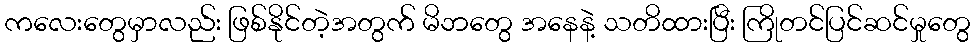
ကလေးတွေမှာလည်း ဖြစ်နိုင်တဲ့အတွက် မိဘတွေ အနေနဲ့ သတိထားပြီး ကြိုတင်ပြင်ဆင်မှုတွေ